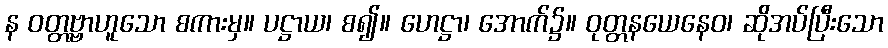
န ဝတ္တဗ္ဗာဟူသော စကားမှ။ ပဋ္ဌာယ၊ စ၍။ ဟေဋ္ဌာ၊ အောက်၌။ ဝုတ္တနယေနေဝ၊ ဆိုအပ်ပြီးသော